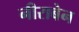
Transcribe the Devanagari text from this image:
नीराबेन